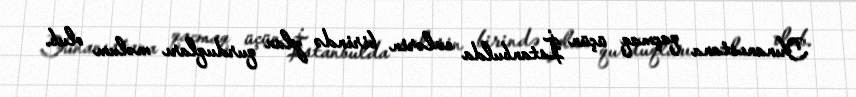
Yunanıstana qaçmaq üçün İstanbulda evlərin birində plan qurduqları məlum olub.